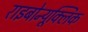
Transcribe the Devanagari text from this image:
राइबोन्यूक्लिक